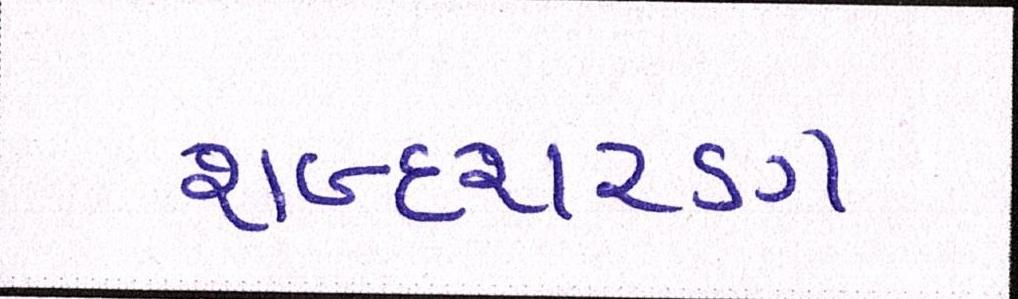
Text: શબ્દશરણ